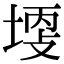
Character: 𡎩